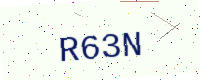
Text: R63N